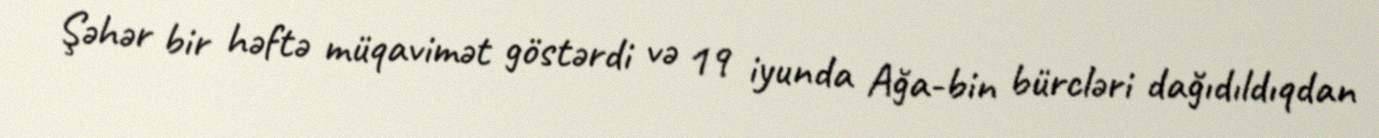
Şəhər bir həftə müqavimət göstərdi və 19 iyunda Ağa-bin bürcləri dağıdıldıqdan